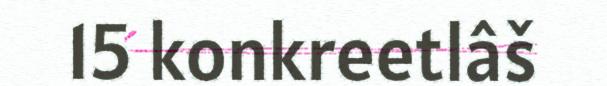
15 konkreetlâš